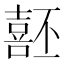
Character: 噽